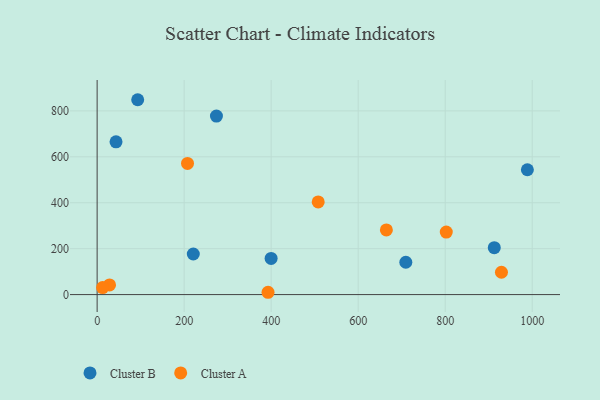
{"axis": {"x": "Engine Size", "y": "Profit"}, "legend": ["Cluster A", "Cluster B"], "data": [{"x": "988.9", "y": 543.6, "type": "Cluster B"}, {"x": "399.9", "y": 157.7, "type": "Cluster B"}, {"x": "274.2", "y": 777.5, "type": "Cluster B"}, {"x": "912.8", "y": 204.3, "type": "Cluster B"}, {"x": "709.5", "y": 140.9, "type": "Cluster B"}, {"x": "93.2", "y": 848.6, "type": "Cluster B"}, {"x": "221.0", "y": 176.8, "type": "Cluster B"}, {"x": "43.4", "y": 665.1, "type": "Cluster B"}, {"x": "392.8", "y": 10.1, "type": "Cluster A"}, {"x": "28.5", "y": 42.3, "type": "Cluster A"}, {"x": "802.5", "y": 272.4, "type": "Cluster A"}, {"x": "929.3", "y": 97.2, "type": "Cluster A"}, {"x": "508.1", "y": 403.6, "type": "Cluster A"}, {"x": "12.6", "y": 30.6, "type": "Cluster A"}, {"x": "207.7", "y": 571.1, "type": "Cluster A"}, {"x": "664.8", "y": 281.6, "type": "Cluster A"}]}